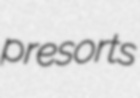
presorts